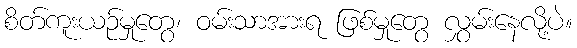
စိတ်ကူးယဉ်မှုတွေ၊ ဝမ်းသာအားရ ဖြစ်မှုတွေ လွှမ်းနေလို့ပဲ။